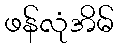
ဖန်လုံအိမ်